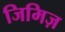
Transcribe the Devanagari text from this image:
जिमिज़